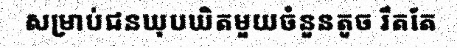
សម្រាប់ជនឃុបឃិតមួយចំនួនតូច រឹតតែ